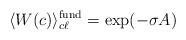
LaTeX: \begin{align*}\langle W(c)\rangle^{\rm fund}_{c\ell} = \exp (-\sigma A)\end{align*}